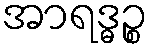
အာရဒ္ဓဉ္စ